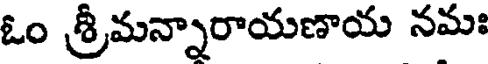
ఓం శ్రీమన్నారాయణాయ నమః